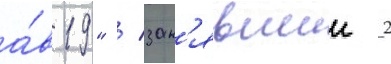
а́в19" / зан'явшии 2